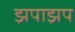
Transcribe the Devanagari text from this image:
झपाझप